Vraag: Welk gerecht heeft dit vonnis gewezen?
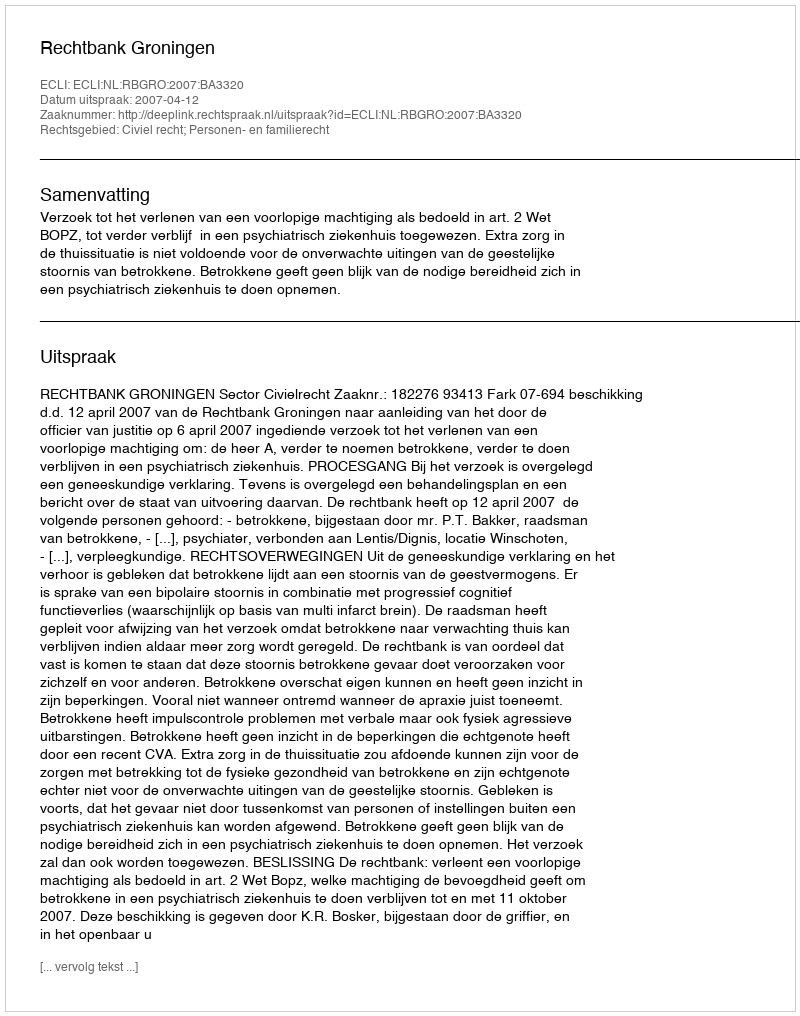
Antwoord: Rechtbank Groningen